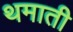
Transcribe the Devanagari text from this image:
थमाती